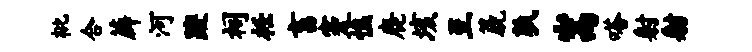
枇合薜河躞祠衽畜蹇憔鹿垓至篪孰嵩嗒射射